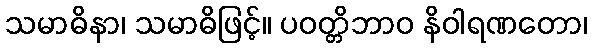
သမာဓိနာ၊ သမာဓိဖြင့်။ ပဝတ္တိဘာဝ နိဝါရဏတော၊